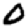
Digit: 0